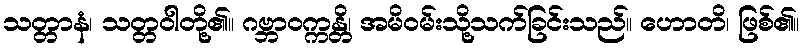
သတ္တာနံ၊ သတ္တဝါတို့၏။ ဂဗ္ဘာဝက္ကန္တိ၊ အမိဝမ်းသို့သက်ခြင်းသည်။ ဟောတိ၊ ဖြစ်၏။